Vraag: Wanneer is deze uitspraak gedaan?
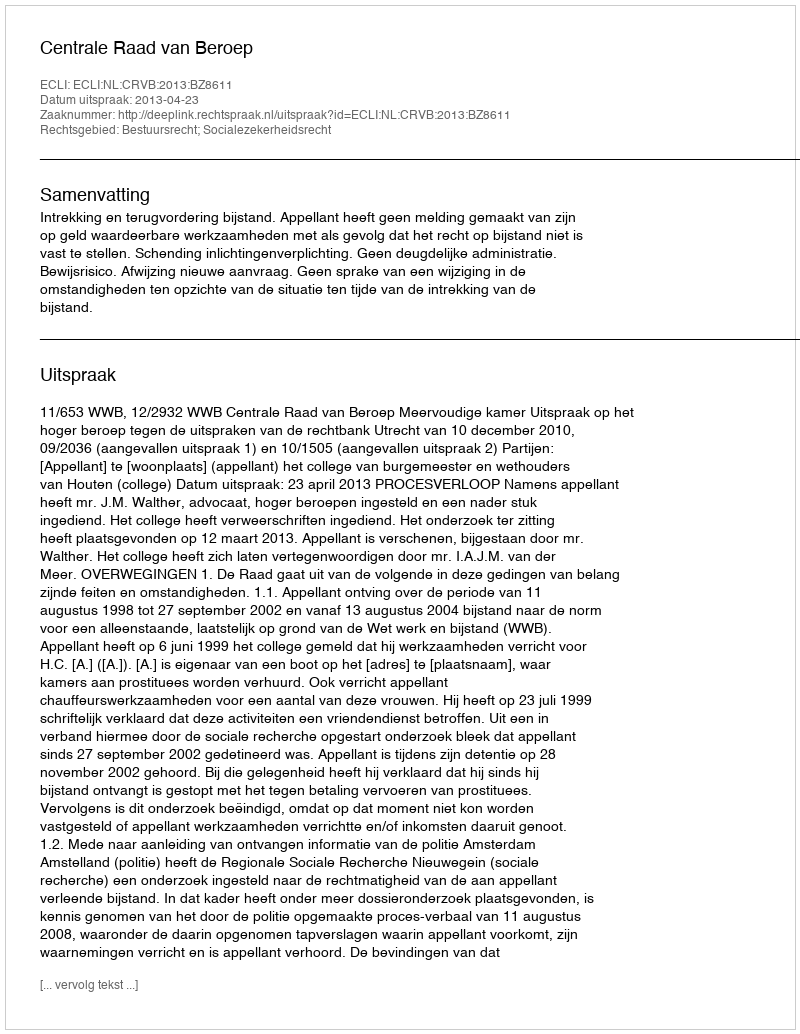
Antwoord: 2013-04-23